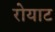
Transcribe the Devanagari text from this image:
रोयाट